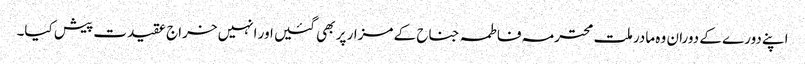
اپنے دورے کے دوران وہ مادر ملت محترمہ فاطمہ جناح کے مزار پر بھی گئیں اور انہیں خراج عقیدت پیش کیا۔